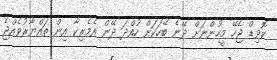
ކޮވިޑް ޖެހޭ މީހުންނަށް ދޭނެ ބޭހަކަށް ހުއްދަ ދޭން އެމެރިކާ އިން ތައްޔާރުވެއްޖެ